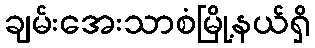
ချမ်းအေးသာစံမြို့နယ်ရှိ